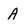
Character: A